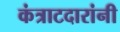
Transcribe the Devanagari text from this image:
कंत्राटदारांनी